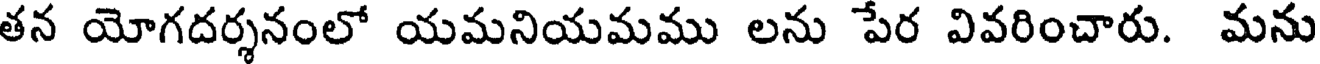
తన యోగదర్శనంలో యమనియమము లను పేర వివరించారు. మను